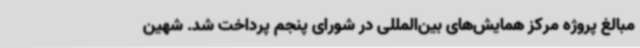
مبالغ پروژه‌ مرکز همایش‌های بین‌المللی در شورای پنجم پرداخت شد. شهین